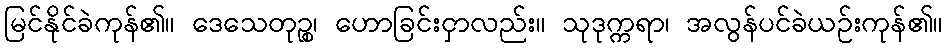
မြင်နိုင်ခဲကုန်၏။ ဒေသေတုဉ္စ၊ ဟောခြင်းငှာလည်း။ သုဒုက္ကရာ၊ အလွန်ပင်ခဲယဉ်းကုန်၏။